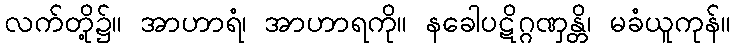
လက်တို့၌။ အာဟာရံ၊ အာဟာရကို။ နခေါပဋိဂ္ဂဏှန္တိ၊ မခံယူကုန်။